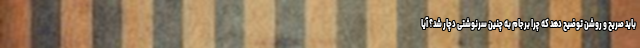
باید صریح و روشن توضیح دهد که چرا برجام به چنین سرنوشتی دچار شد؟ آیا